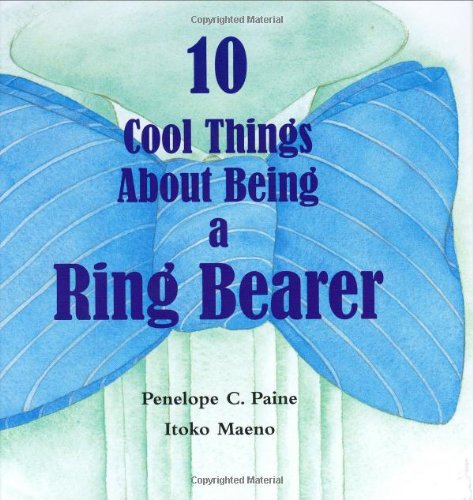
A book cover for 10 Cool Things about Being a Ring Bearer; Penelope C. Paine; Crafts, Hobbies & Home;